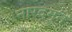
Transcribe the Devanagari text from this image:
नारदमुने